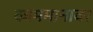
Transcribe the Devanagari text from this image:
काममानावर